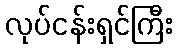
လုပ်ငန်းရှင်ကြီး